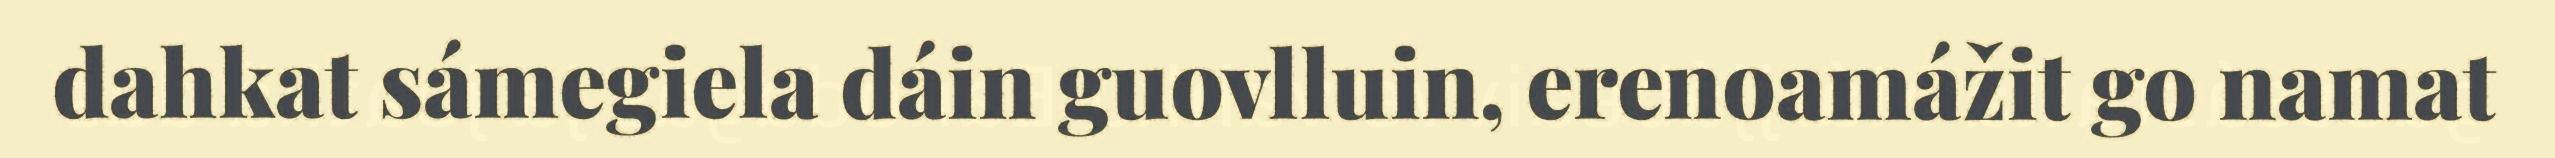
dahkat sámegiela dáin guovlluin, erenoamážit go namat